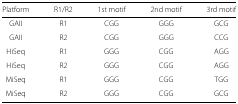
<table><thead><tr><td><b>Platform</b></td><td><b>R1/R2</b></td><td><b>1st motif</b></td><td><b>2nd motif</b></td><td><b>3rd motif</b></td></tr></thead><tbody><tr><td>GAII</td><td>R1</td><td>CGG</td><td>GGG</td><td>GCG</td></tr><tr><td>GAII</td><td>R2</td><td>CGG</td><td>GGG</td><td>CCG</td></tr><tr><td>HiSeq</td><td>R1</td><td>GGG</td><td>CGG</td><td>AGG</td></tr><tr><td>HiSeq</td><td>R2</td><td>GGG</td><td>CGG</td><td>AGG</td></tr><tr><td>MiSeq</td><td>R1</td><td>GGG</td><td>CGG</td><td>TGG</td></tr><tr><td>MiSeq</td><td>R2</td><td>GGG</td><td>CGG</td><td>GCG</td></tr></tbody></table>